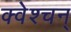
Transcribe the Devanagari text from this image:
क्वेश्चन्‌